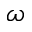
\omega